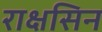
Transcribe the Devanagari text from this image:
राक्षसिन